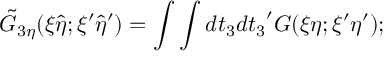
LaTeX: { \tilde { G } } _ { 3 \eta } ( \xi { \hat { \eta } } ; { \xi } ^ { \prime } { \hat { \eta } } ^ { \prime } ) = \int \int d t _ { 3 } d { t _ { 3 } } ^ { \prime } G ( \xi \eta ; { \xi } ^ { \prime } { \eta } ^ { \prime } ) ;